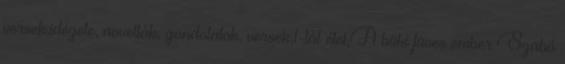
versek,idézete, novellák, gondolatok, versek,1-tál étel,A büki füves ember Szabó